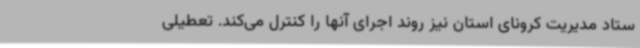
ستاد مدیریت کرونای استان نیز روند اجرای آنها را کنترل می‌کند. تعطیلی